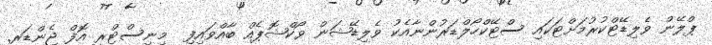
ޕްލޭން ވެލިޑޭޓްކުރުމަށްޓަކައި ސްޓޭކްހޯލްޑަރުންނާއެކު ވެލިޑޭޝަން ވޯކްޝޮޕެއް ބާއްވައިފި  މިނިސްޓްރީ އޮފް ޖެންޑަރ